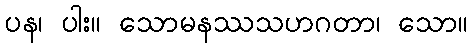
ပန၊ ပါး။ သောမနဿသဟဂတာ၊ သော။